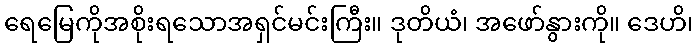
ရေမြေကိုအစိုးရသောအရှင်မင်းကြီး။ ဒုတိယံ၊ အဖော်နွားကို။ ဒေဟိ၊